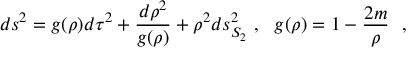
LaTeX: d s ^ { 2 } = g ( \rho ) d \tau ^ { 2 } + { \frac { d \rho ^ { 2 } } { g ( \rho ) } } + \rho ^ { 2 } d s _ { S _ { 2 } } ^ { 2 } ~ , ~ ~ g ( \rho ) = 1 - { \frac { 2 m } { \rho } } ~ ~ ,